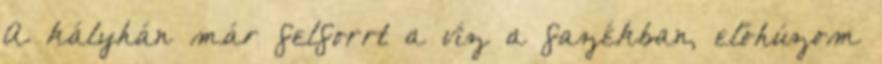
A kályhán már felforrt a víz a fazékban, előhúzom